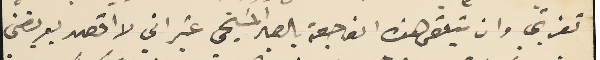
تعزيتي وان يتلقى هذه الفاجعة بالصبر المسَيحي غير اني لا اقصد بعريضتي